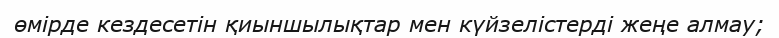
өмірде кездесетін қиыншылықтар мен күйзелістерді жеңе алмау;